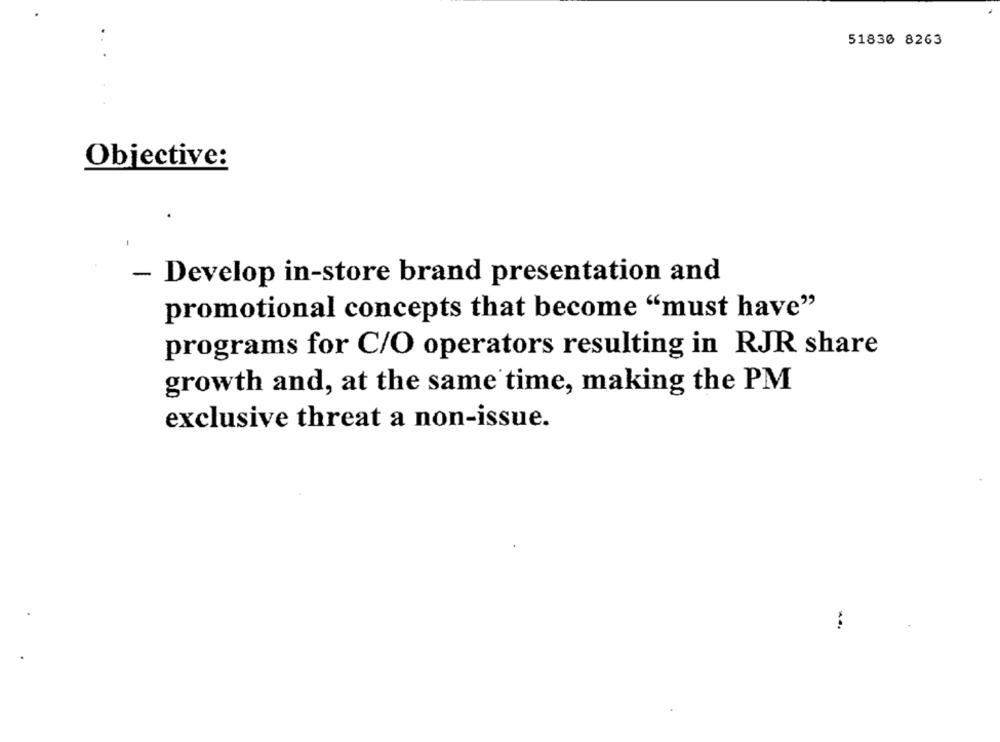
51830 8263
Objective:
- Develop in-store brand presentation and
promotional concepts that become "must have"
programs for C/O operators resulting in RJR share
growth and, at the same time, making the PM
exclusive threat a non-issue.